Lunatic asylums Central Provinces reports 1886-1894 - 1886-1894
Year: 1886
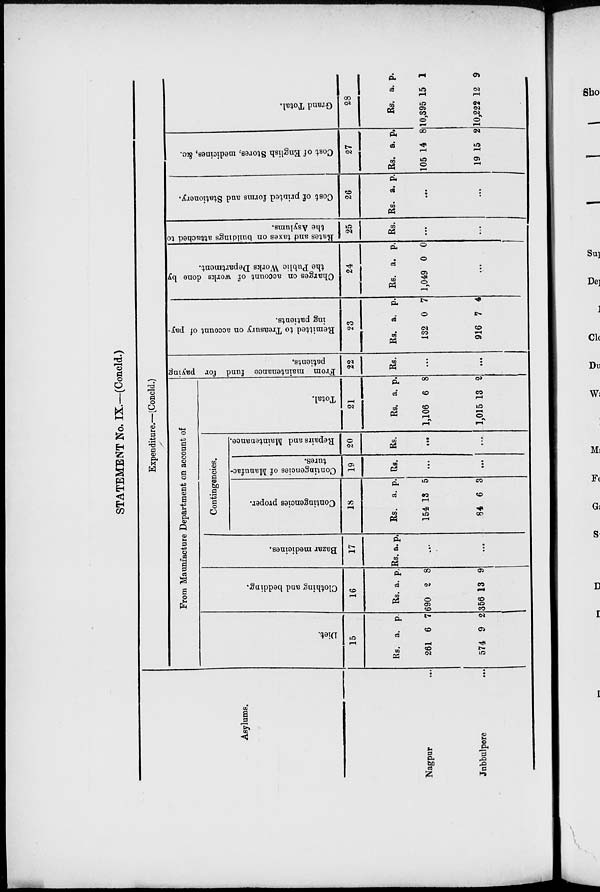
STATEMENT No. IX.—(Concld.)
Asylums.
Nagpur ...
Jnbbulpore ...
Expenditure.—(Concld.)
From Maunfacture Department on account of
Diet.
15
Rs.
261
574
a.
6
9
p.
7
2
Clothing and bedding.
16
Rs
690
356
a.
2
13
p.
8
9
Bazar medicines.
17
Rs. a. p.
...
...
Contingencies.
Contingencies proper.
18
Rs.
154
84
a.
13
6
p.
5
3
Contingencies of Manufac-
tures.
19
Rs.
...
...
Repairs and Maintenance.
20
Rs.
...
...
Total.
21
Rs.
1,106
1,015
a.
6
13
p.
8
2
From maintenance fund for paying
patients.
22
Rs.
...
...
Remitted to Treasury on account of pay-
ing patients.
23
Rs.
132
916
a.
0
7
p.
7
4
Charges on account of works done by
the Public Works Department.
24
Rs.
1,049
a.
0
p.
0
...
Rates and taxes on buildings attached to
the Asylums.
25
Rs.
...
...
Cost of printed forms and Stationery.
26
Rs. a.
p.
...
...
Cost of English Stores, medicines, &c.
27
Rs.
105
19
a.
14
15
p.
8
2
Grand Total.
28
Rs.
10,395
10,222
a.
15
12
p.
1
9